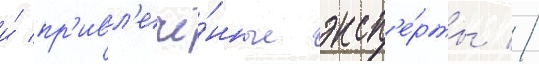
и́ пр'ивл'ечё́нные эксп'е́рты //